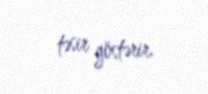
təsir göstərir.